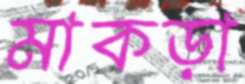
মাকড়া